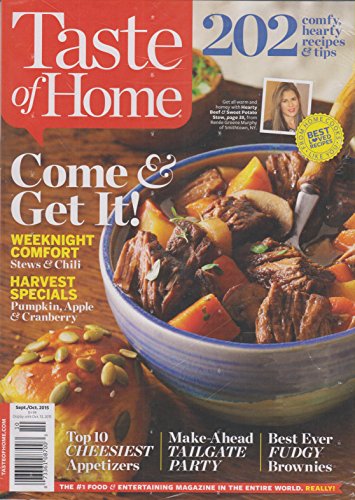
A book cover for Taste of Home September October 2015 Come & Get It! 202 Comfy, Hearty, Recipes & Tips; Cookbooks, Food & Wine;